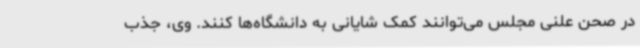
در صحن علنی مجلس می‌توانند کمک شایانی به دانشگاه‌ها کنند. وی، جذب